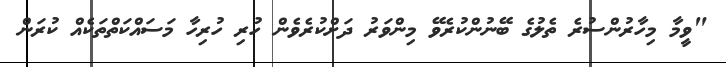
"ވީމާ މިހާރުންސުރެ ތެލުގެ ބޭނުންކުރެވޭ މިންވަރު ދަށްކުރެވެން ހުރި ހުރިހާ މަސައްކަތްތަކެއް ކުރަން